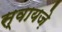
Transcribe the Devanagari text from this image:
स्वायज़े